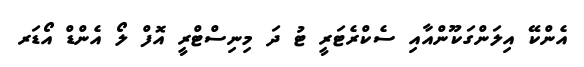
އެންކޭ އިލަންގަކޫންއާއި ސެކްރެޓަރީ ޓު ދަ މިނިސްޓްރީ އޮފް ލޯ އެންޑް އޯޑަރ